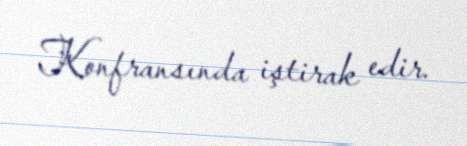
Konfransında iştirak edir.